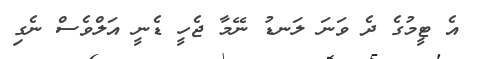
އެ ޓީމުގެ ދެ ވަނަ ލަނޑު ނޭމާ ޖެހީ ޑެނީ އަލްވެސް ނެގި